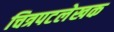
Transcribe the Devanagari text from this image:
चित्रपटलेखक